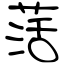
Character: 萿